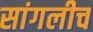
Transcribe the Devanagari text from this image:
सांगलीच